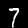
Label: 7